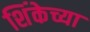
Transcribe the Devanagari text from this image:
शिंकेच्या